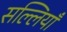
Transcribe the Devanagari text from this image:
सल्लियाँ